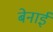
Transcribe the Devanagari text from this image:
बेनाई